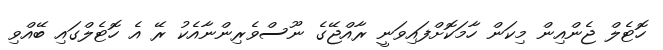
ހޮޓެލް ޖެންއިން މިކަން ހާމަކޮށްފައިވަނީ ރާއްޖޭގެ ނޫސްވެރިންނާއެކު ރޭ އެ ހޮޓެލްގައި ބޭއްވި